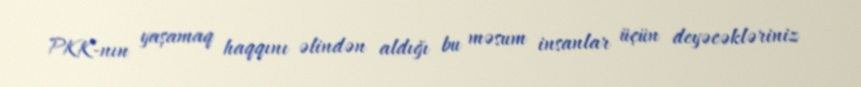
PKK-nın yaşamaq haqqını əlindən aldığı bu məsum insanlar üçün deyəcəkləriniz